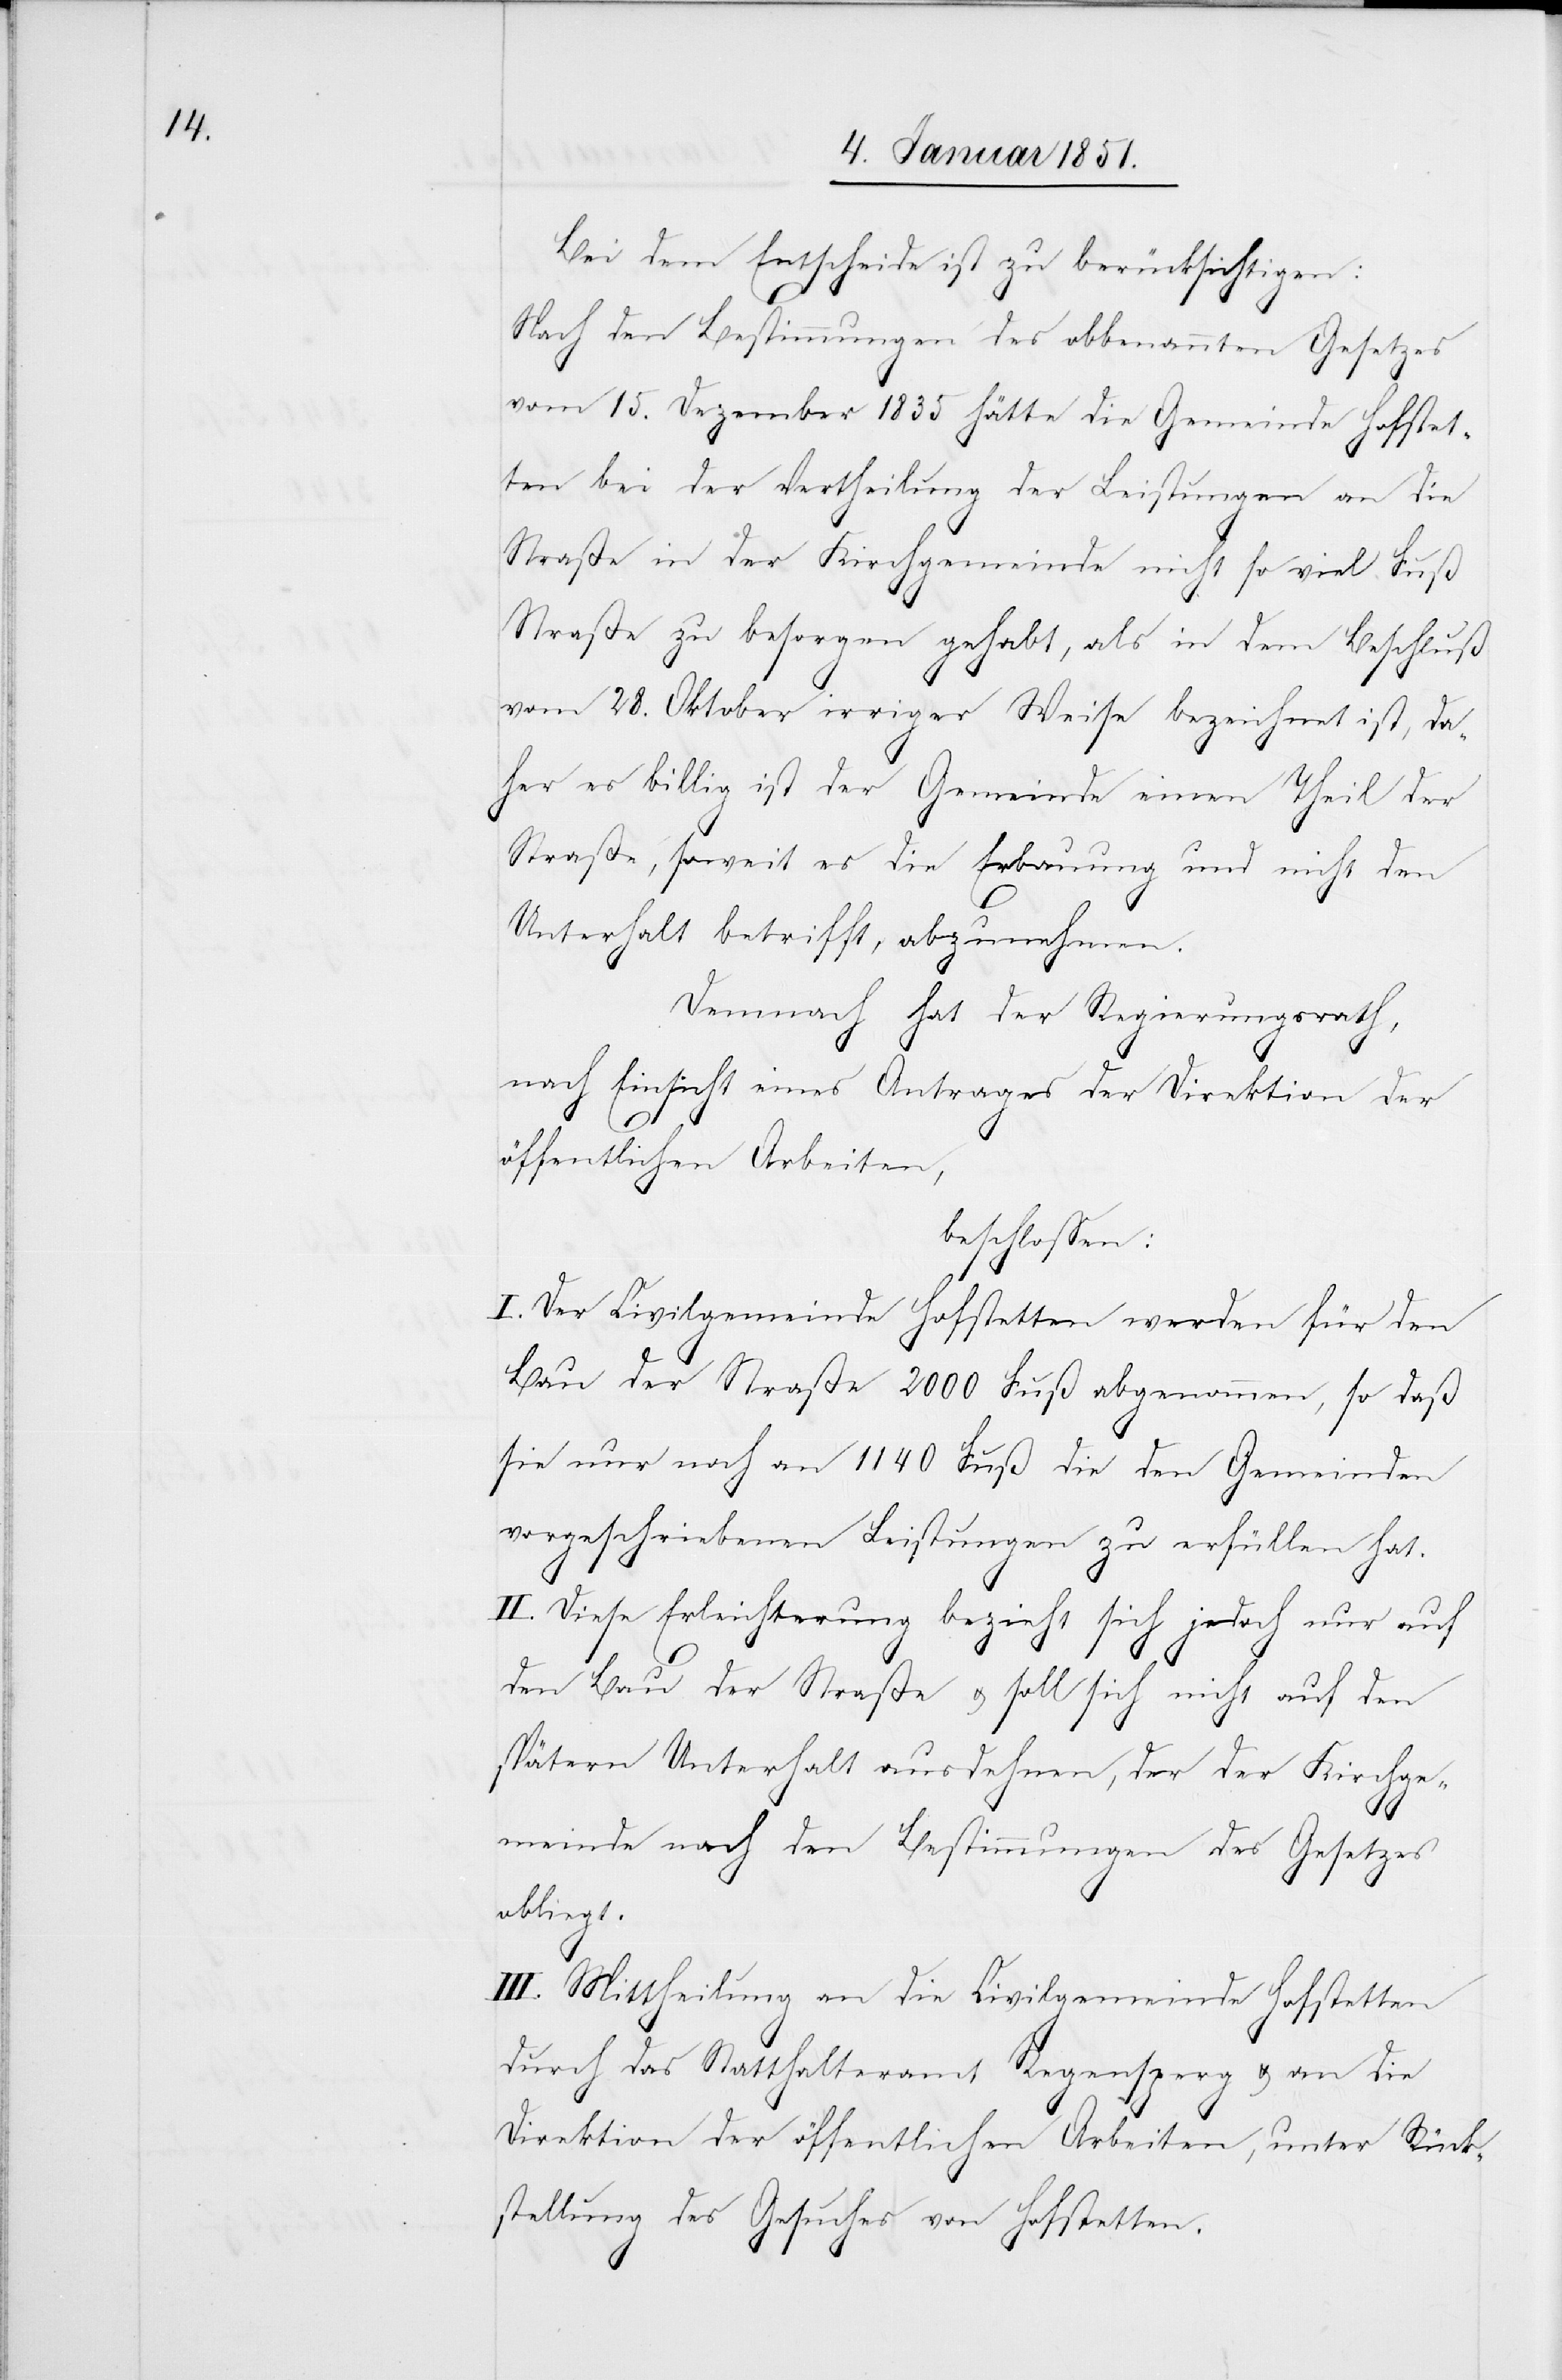
Bei dem Entscheide ist zu berücksichtigen:
Nach den Bestimmungen des obbenannten Gesetzes
vom 15. Dezember 1835 hätte die Gemeinde Hofstet¬
ten bei der Vertheilung der Leistungen an die
Straße in der Kirchgemeinde nicht so viel Fuß
Straße zu besorgen gehabt, als in dem Beschluß
vom 28. Oktober irriger Weise bezeichnet ist, da¬
her es billig ist der Gemeinde einen Theil der
Straße, soweit es die Erbauung und nicht den
Unterhalt betrifft, abzunehmen.
Demnach hat der Regierungsrath,
nach Einsicht eines Antrages der Direktion der
öffentlichen Arbeiten,
beschlossen:
I. Der Civilgemeinde Hofstetten werden für den
Bau der Straße 2000 Fuß abgenommen, so daß
sie nur noch an 1140 Fuß die den Gemeinden
vorgeschriebenen Leistungen zu erfüllen hat.
II. Diese Erleichterung bezieht sich jedoch nur auf
den Bau der Straße u. soll sich nicht auf den
spätern Unterhalt ausdehnen, der der Kirchge¬
meinde nach den Bestimmungen des Gesetzes
obliegt.
III. Mittheilung an die Civilgemeinde Hofstetten
durch das Statthalteramt Regensperg u. an die
Direktion der öffentlichen Arbeiten, unter Rück¬
stellung des Gesuches von Hofstetten.